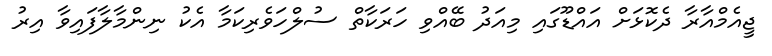
ޖީއެމްއާރާ ދެކޮޅަށް އައްޑޫގައި މިއަދު ބޭއްވި ހަރަކާތް ސުލްހަވެރިކަމާ އެކު ނިންމާލާފައިވާ އިރު